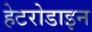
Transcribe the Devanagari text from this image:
हेटरोडाइन